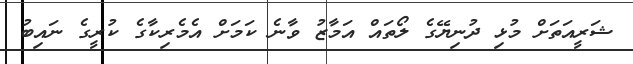
ޝަރީއަތަށް މުޅި ދުނިޔޭގެ ލޯތައް އަމާޒު ވާނެ ކަމަށް އެމެރިކާގެ ކުރީގެ ނައިބު